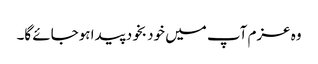
وہ عزم آپ میں خود بخود پیدا ہوجائے گا۔